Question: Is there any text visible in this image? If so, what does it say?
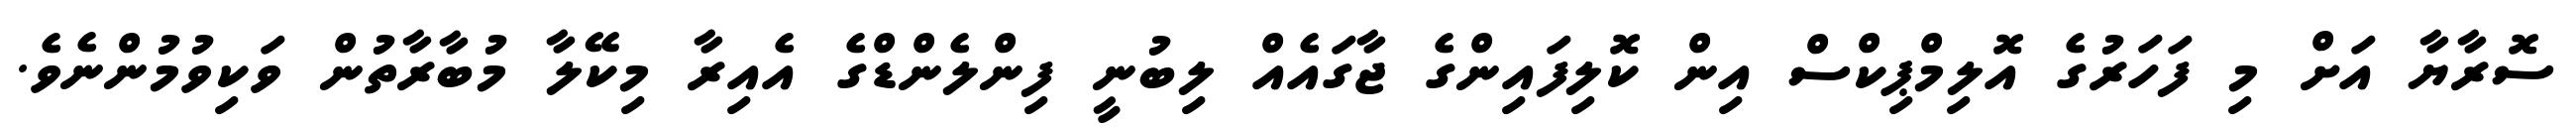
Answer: ސޮރާޔާ އަށް މި ފަހަރުގެ އޮލިމްޕިކްސް އިން ކޮލިފައިންގެ ޖާގައެއް ލިބުނީ ފިންލެންޑްގެ އެއިރާ މިކޭލާ މުބާރާތުން ވަކިވުމުންނެވެ.